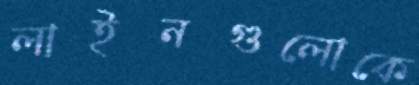
লাইনগুলোকে